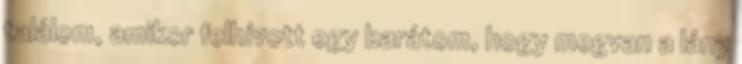
találom, amikor felhívott egy barátom, hogy megvan a lány